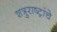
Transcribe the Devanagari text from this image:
शत्रुराष्ट्रांचे